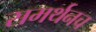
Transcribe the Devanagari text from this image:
समर्थनच